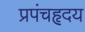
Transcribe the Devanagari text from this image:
प्रपंचहृदय